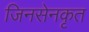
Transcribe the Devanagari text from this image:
जिनसेनकृत